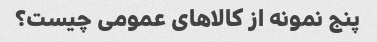
پنج نمونه از کالاهای عمومی چیست؟